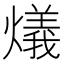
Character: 燨